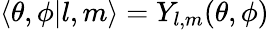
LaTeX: \left\langle\theta,\phi|l,m\right\rangle=Y_{l,m}(\theta,\phi)